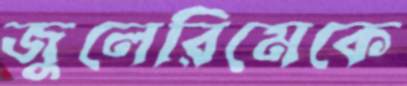
জুলেরিমেকে